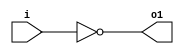
module invert(input wire i, output wire o1);
	assign o1 = !i;
endmodule

module and2(input wire i0, i1, output wire o2);
	assign o2 = i0 & i1;
endmodule

module or2(input wire i0, i1, output wire o3);
	assign o3 = i0 | i1;
endmodule

module xor2(input wire i0, i1, output wire o4);
	assign o4 = i0 ^ i1;
endmodule

module nand2(input wire i0, i1, output wire o5);
	wire t;
	and2 and2_0 (i0, i1, t);
	invert invert_0 (t, o5);
endmodule


// to be used for halfadder.v